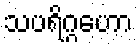
သပရိဂ္ဂဟော